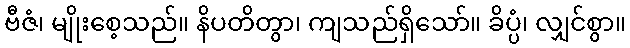
ဗီဇံ၊ မျိုးစေ့သည်။ နိပတိတွာ၊ ကျသည်ရှိသော်။ ခိပ္ပံ၊ လျှင်စွာ။